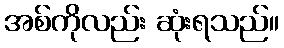
အစ်ကိုလည်း ဆုံးရသည်။